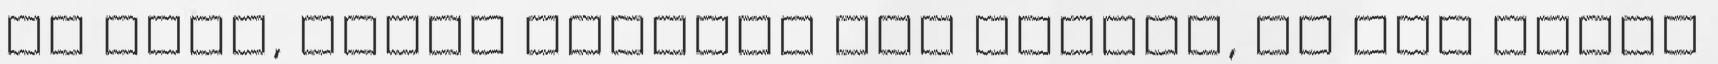
Ha igen, akkor valakin már láttam, de már gőzöm